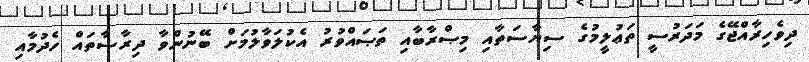
ދިވެހިރާއްޖޭގެ މަދަރުސީ ތަޢުލީމުގެ ސިޔާސަތާއި މިޞްރާބާއި ތަޞައްވުރު އެކުލަވާލުމަށް ބޭނުންވާ ދިރާސާތައް ހެދުމާއި